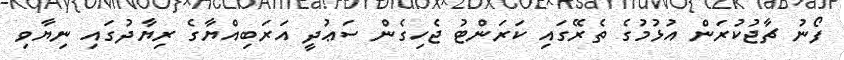
ފޯނު ޗާޖުކުރަން އުޅުމުގެ ތެރޭގައި ކަރަންޓު ޖެހިގެން ސަޢުދީ އަރަބިއްޔާގެ ރިޔާދުގައި ނިޔާވި